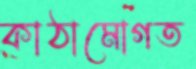
কাঠামোগত